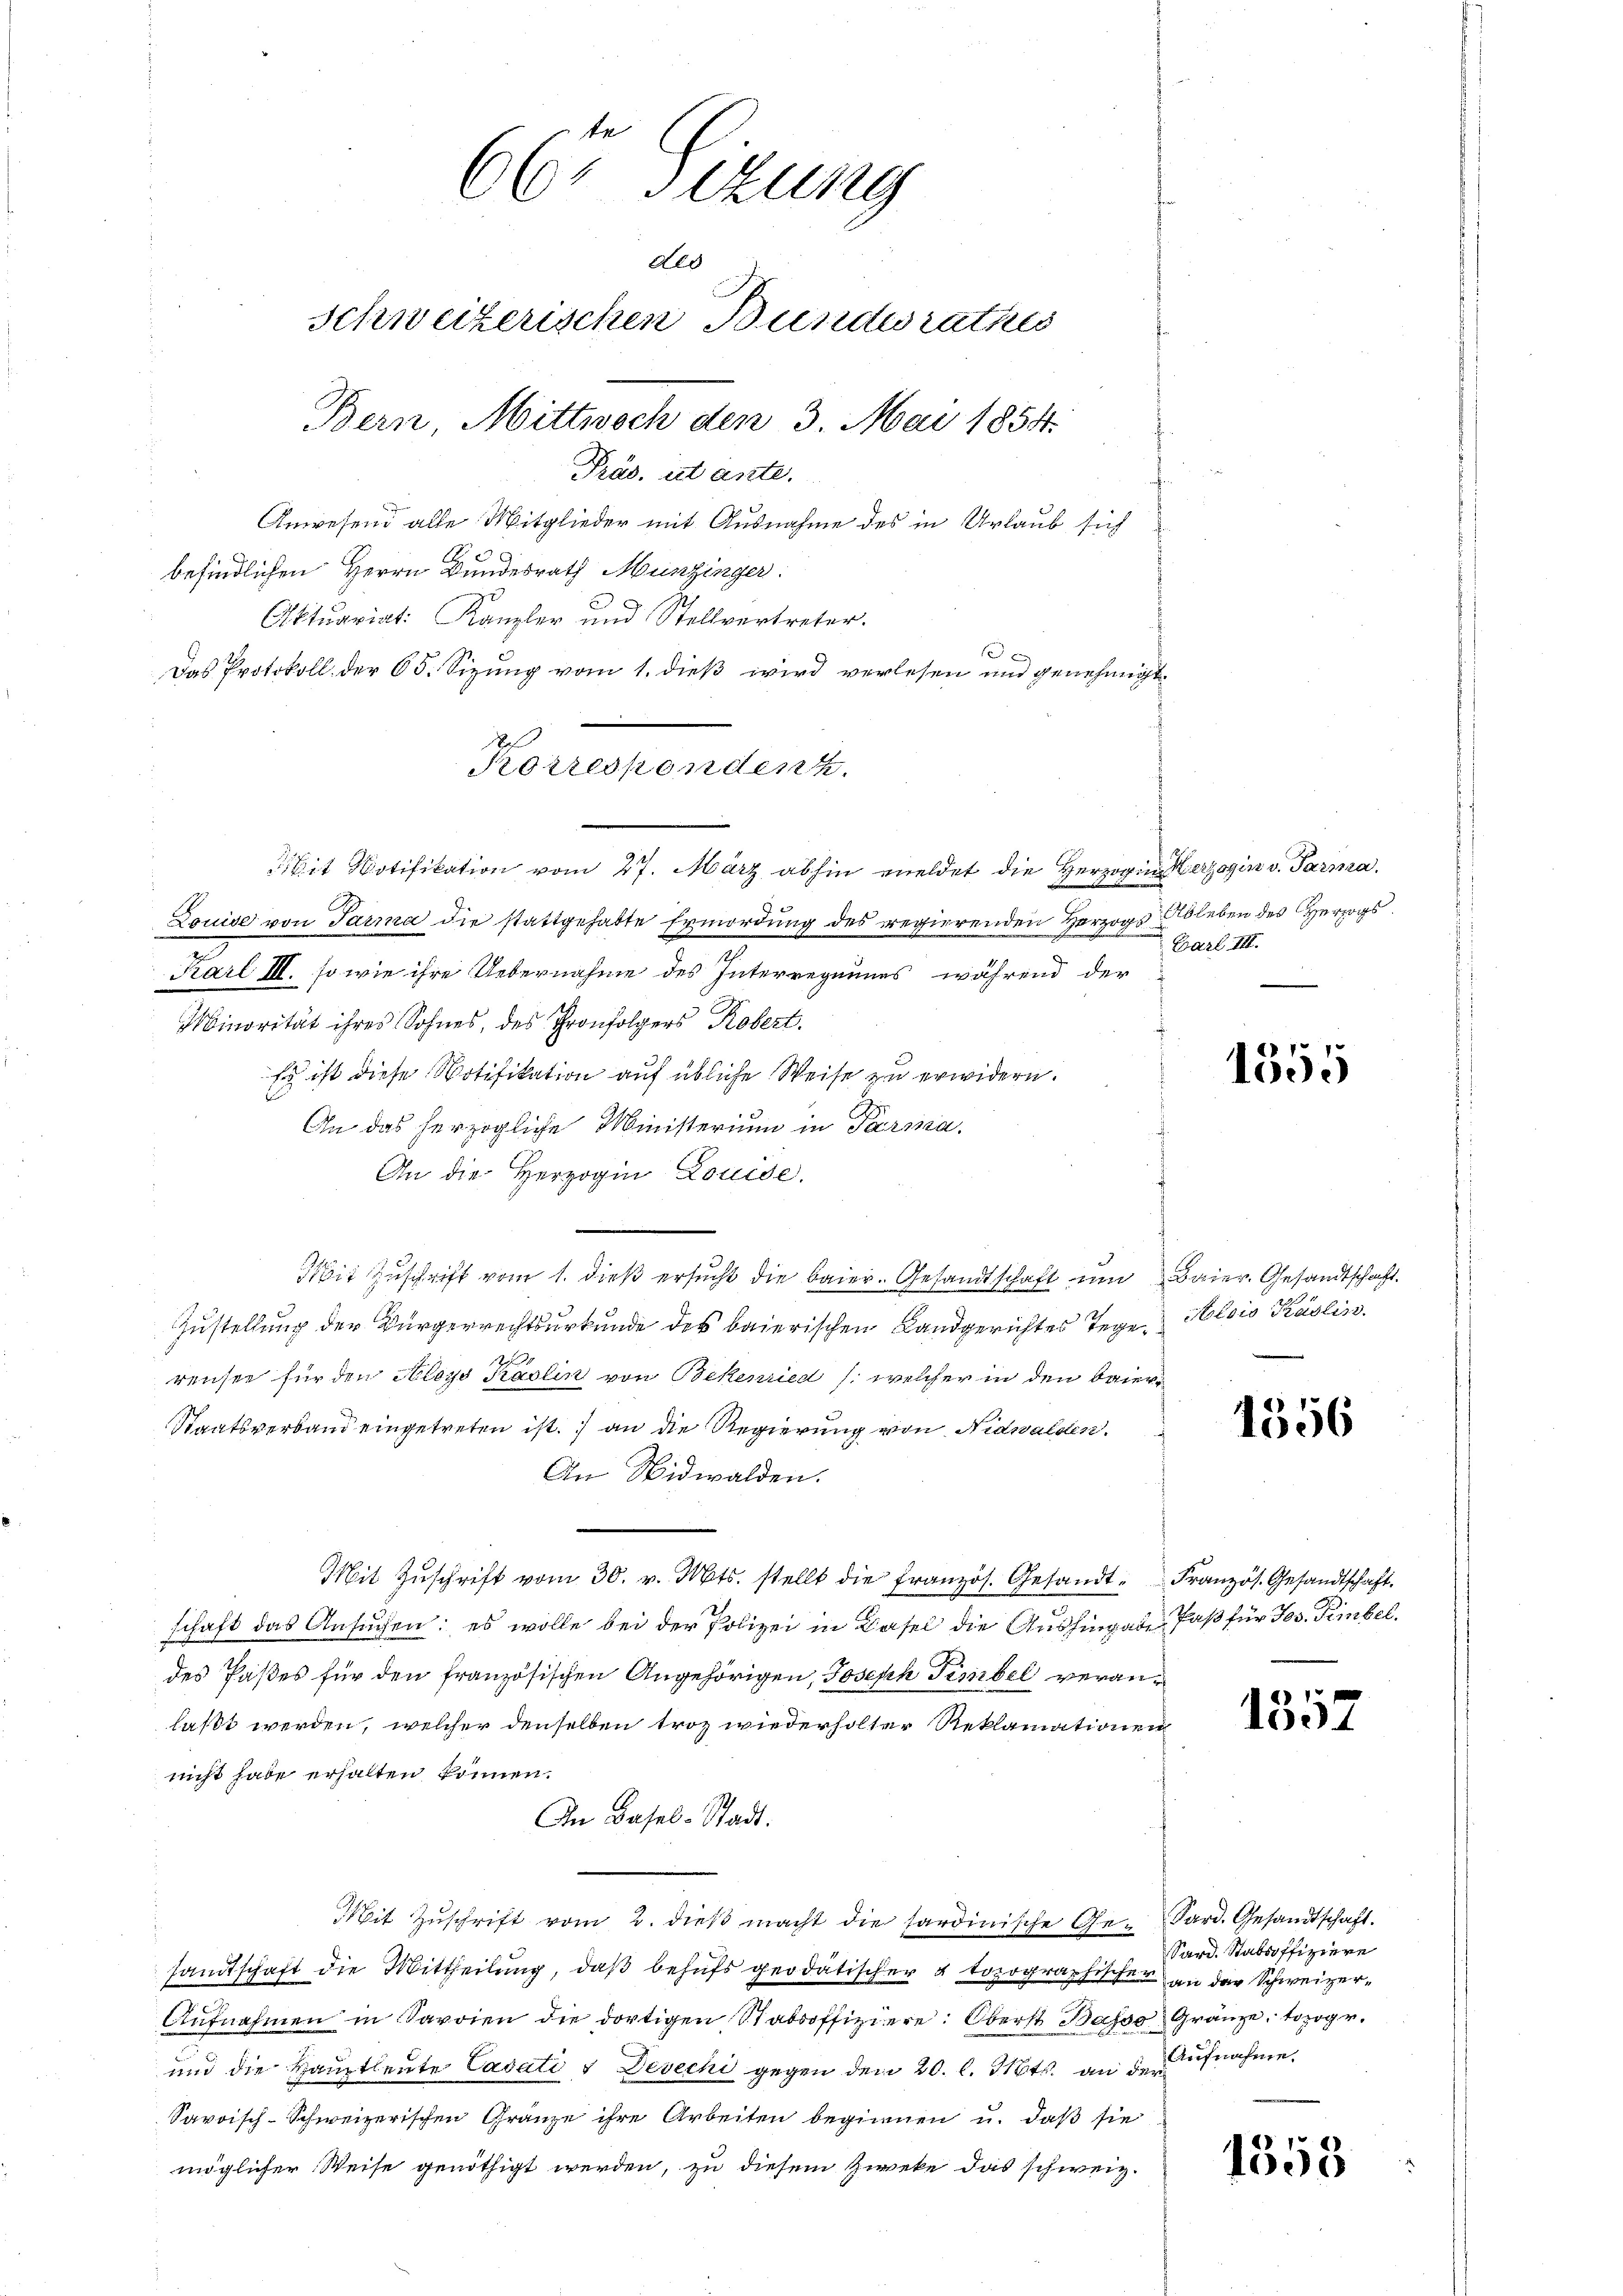
66r Sitzung
Ale
Schweizerischen Bundesrathes
Bern, Mittwoch den 3. Mai 1854.
Präs. ist ante.
Anwesend alle Mitglieder mit Ausnahme des in Urlaub sich

befindlichen Herrn Bundesrath Munzinger
Aktuariat: Kanzler und Stellvertreter.
x
Das Protokoll der 65. Sizung vom 1. dieß wird verlesen und genehmigt.
Louise von Parma die stattgehabte Ermordung des regierenden Herzogs Ableben des Herzogs
Karl III. so wie ihre Uebernahme des Interregaumes, während der
Minorität ihres Sohnes, des Thronfolgers Robert.
Es ist diese Notifikation auf übliche Weise zu erwidern.
An das herzogliche Ministerium in Parma.
An die Herzogin Louise.
Mit Zuschrift vom 1. dieß ersucht die baier. Gesandtschaft um Baier. Gesandtschaft.
Zustellung der Bürgerrechtsurkunde des baierischen Landgerichtes Tage. Alois Paslis.
2
rensee für den Aloys Paolin von Bekenried /: welcher in den baier¬
Staatsverband eingetreten ist. an die Regierung von Nidwalden.
An Nidwalden.
Mit Zŭschrift vom 30. v. Mts. stellt die französ. Gesandt. Französ. Gesandtschaft
schaft das Ansuchen; es wolle bei der Polizei in Basel die Aushingabe Faß für Jos. Fimbel.
des Paßes für den französischen Angehörigen, Joseph Tinibel veranlaßt werden, welcher denselben troz wiederholter Reklamationen
nicht habe erhalten können.
In Basel-Stadt.
Mit Zŭschrift vom 2. dieβ macht die sardinische Ge- Sard. Gesandtschaft.
sandtschaft die Mittheilung, daß behufs geodatischer & topographischen an der Schweizer¬
Aŭfnahmen in Savoien die dortigen Stabsoffiziere: Oberst Basso Gränze, topogr
und die Hauptleute Cadati & Devechi gegen den 20. l. Mts. an der Aufnahme.
Savoisch-Schweizerischen Gränze ihre Arbeiten beginnen u. daß sie
möglicher Weise genöthigt werden, zu diesem Zweke das schweiz.

dos
Korrespenden
Mit Notifikation vom 27. März abhin meldet die Herzogin Herzogin v. Parisa

Barl III.

1555

1556

1552

Sard. Stabsoffiziere

1853